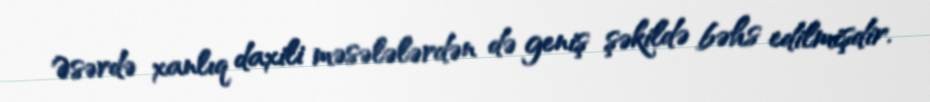
Əsərdə xanlıq daxili məsələlərdən də geniş şəkildə bəhs edilmişdir.